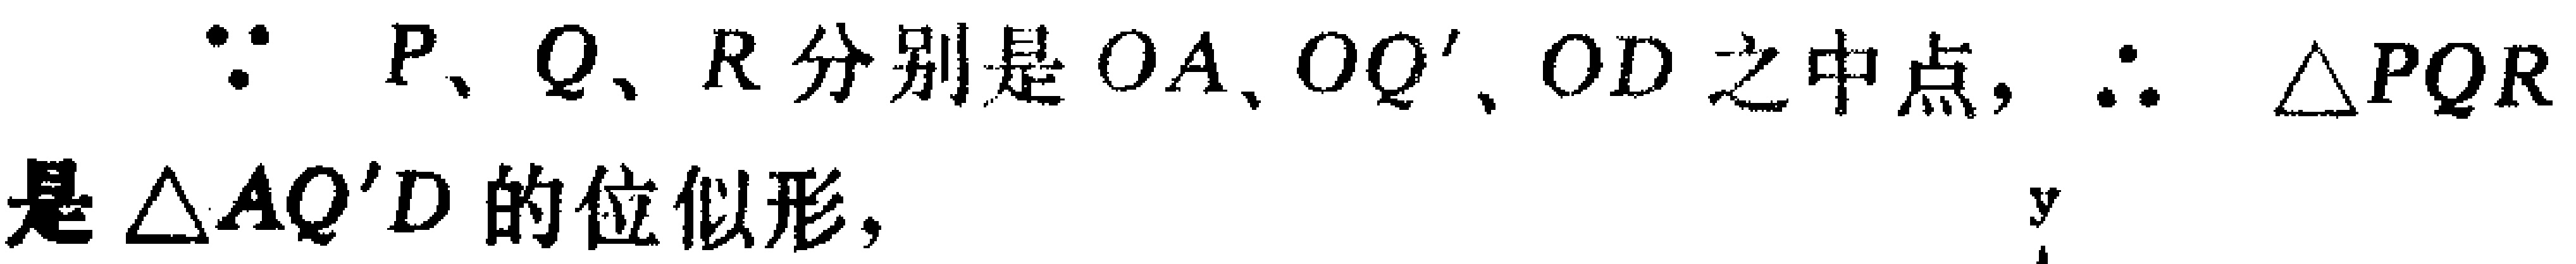
$\because\ P、Q、R分别是OA、OQ^{\prime}、OD之中点,\therefore\ \triangle PQR是\triangle AQ^{\prime}D的位似形,$